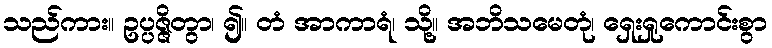
သည်ကား။ ဥပ္ပဇ္ဇိတွာ၊ ၍။ တံ အာကာရံ၊ သို့။ အဘိသမေတုံ၊ ရှေးရှုကောင်းစွာ